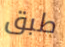
طبق